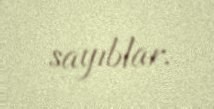
sayıblar.